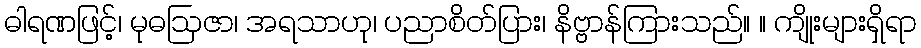
ဓါရဏဖြင့်၊ မုဓဩဇာ၊ အရသာဟု၊ ပညာစိတ်ပြား၊ နိဗ္ဗာန်ကြားသည်။ ။ ကျိုးများရှိရာ